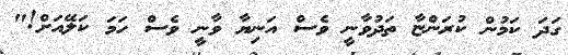
ގަދަ ކަމުން ކުރަންޏާ ތަދުވާނީ ވެސް އަނިޔާ ވާނީ ވެސް ހަމަ ކަލޭއަށް!"